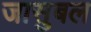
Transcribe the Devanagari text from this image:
जासुबल